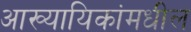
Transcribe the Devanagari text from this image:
आख्यायिकांमधील